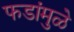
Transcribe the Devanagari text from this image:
फडांमुळे